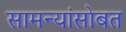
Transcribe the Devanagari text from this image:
सामन्यांसोबत